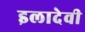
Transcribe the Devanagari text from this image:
इलादेवी